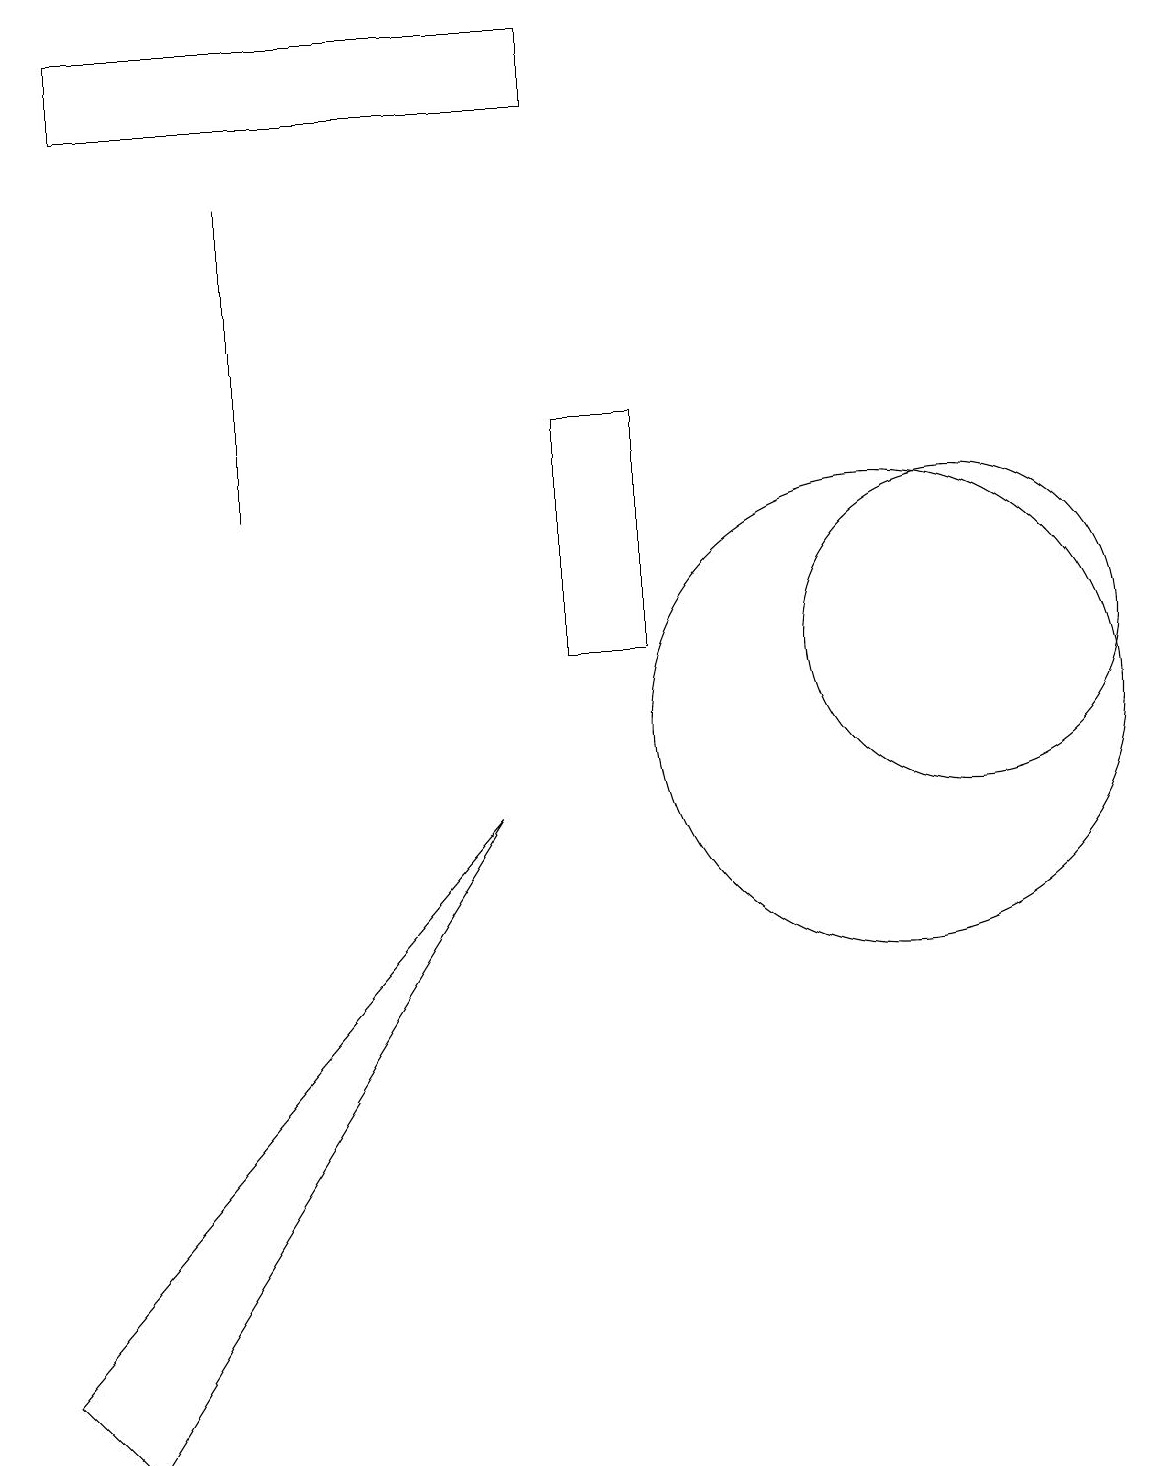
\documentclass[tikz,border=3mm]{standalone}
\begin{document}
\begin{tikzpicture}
\draw (0,2) -- (1,1) -- (6,9) -- cycle;
\draw (3,13) rectangle (3,17);
\draw (8,11) rectangle (7,14);
\draw (7,19) rectangle (1,18);
\draw (12,11) circle (2);
\draw (11,10) circle (3);
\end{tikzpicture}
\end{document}